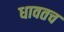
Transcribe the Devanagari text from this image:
धावतच